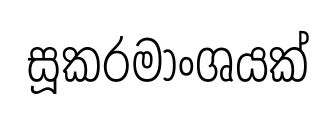
සූකරමාංශයක්